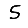
Digit: 5